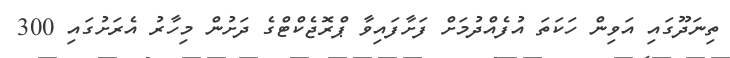
ތިނަދޫގައި އަވިން ހަކަތަ އުފެއްދުމަށް ފަށާފައިވާ ޕްރޮޖެކްޓްގެ ދަށުން މިހާރު އެރަށުގައި 300